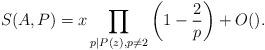
LaTeX: \begin{align*} S(A, P) = x \prod_{p \mid P(z), p \neq 2}\left( 1 - \frac{2}{p} \right) + O(). \end{align*}